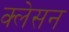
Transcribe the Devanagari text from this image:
क्‍लेसन